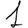
Digit: 1